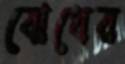
বোধের